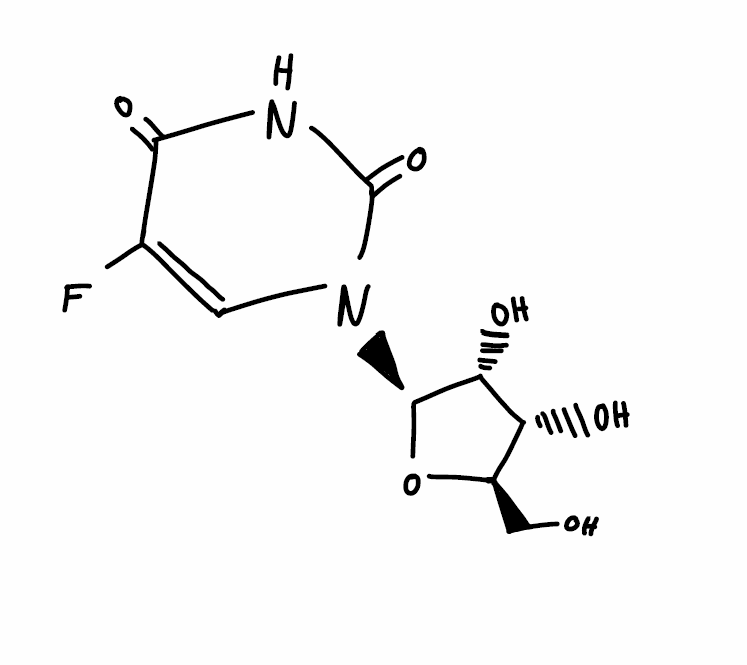
Simplified molecular-input line-entry system (SMILES) notation of the given molecule:
C1=C(C(=O)NC(=O)N1[C@H]2[C@@H]([C@@H]([C@H](O2)CO)O)O)F